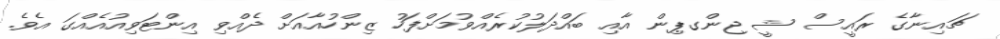
ޗައިނާގެ ރައީސް ޝީ ޖިންގޕިން އާއި ބައްދަލުކުރެއްވުމަށްފަހު ޒިންހުއާއަށް ދެއްވި އިންޓަވިއުއެއްގަ އެވެ.